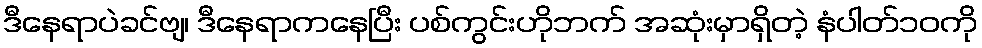
ဒီနေရာပဲခင်ဗျ၊ ဒီနေရာကနေပြီး ပစ်ကွင်းဟိုဘက် အဆုံးမှာရှိတဲ့ နံပါတ်၁၀ကို